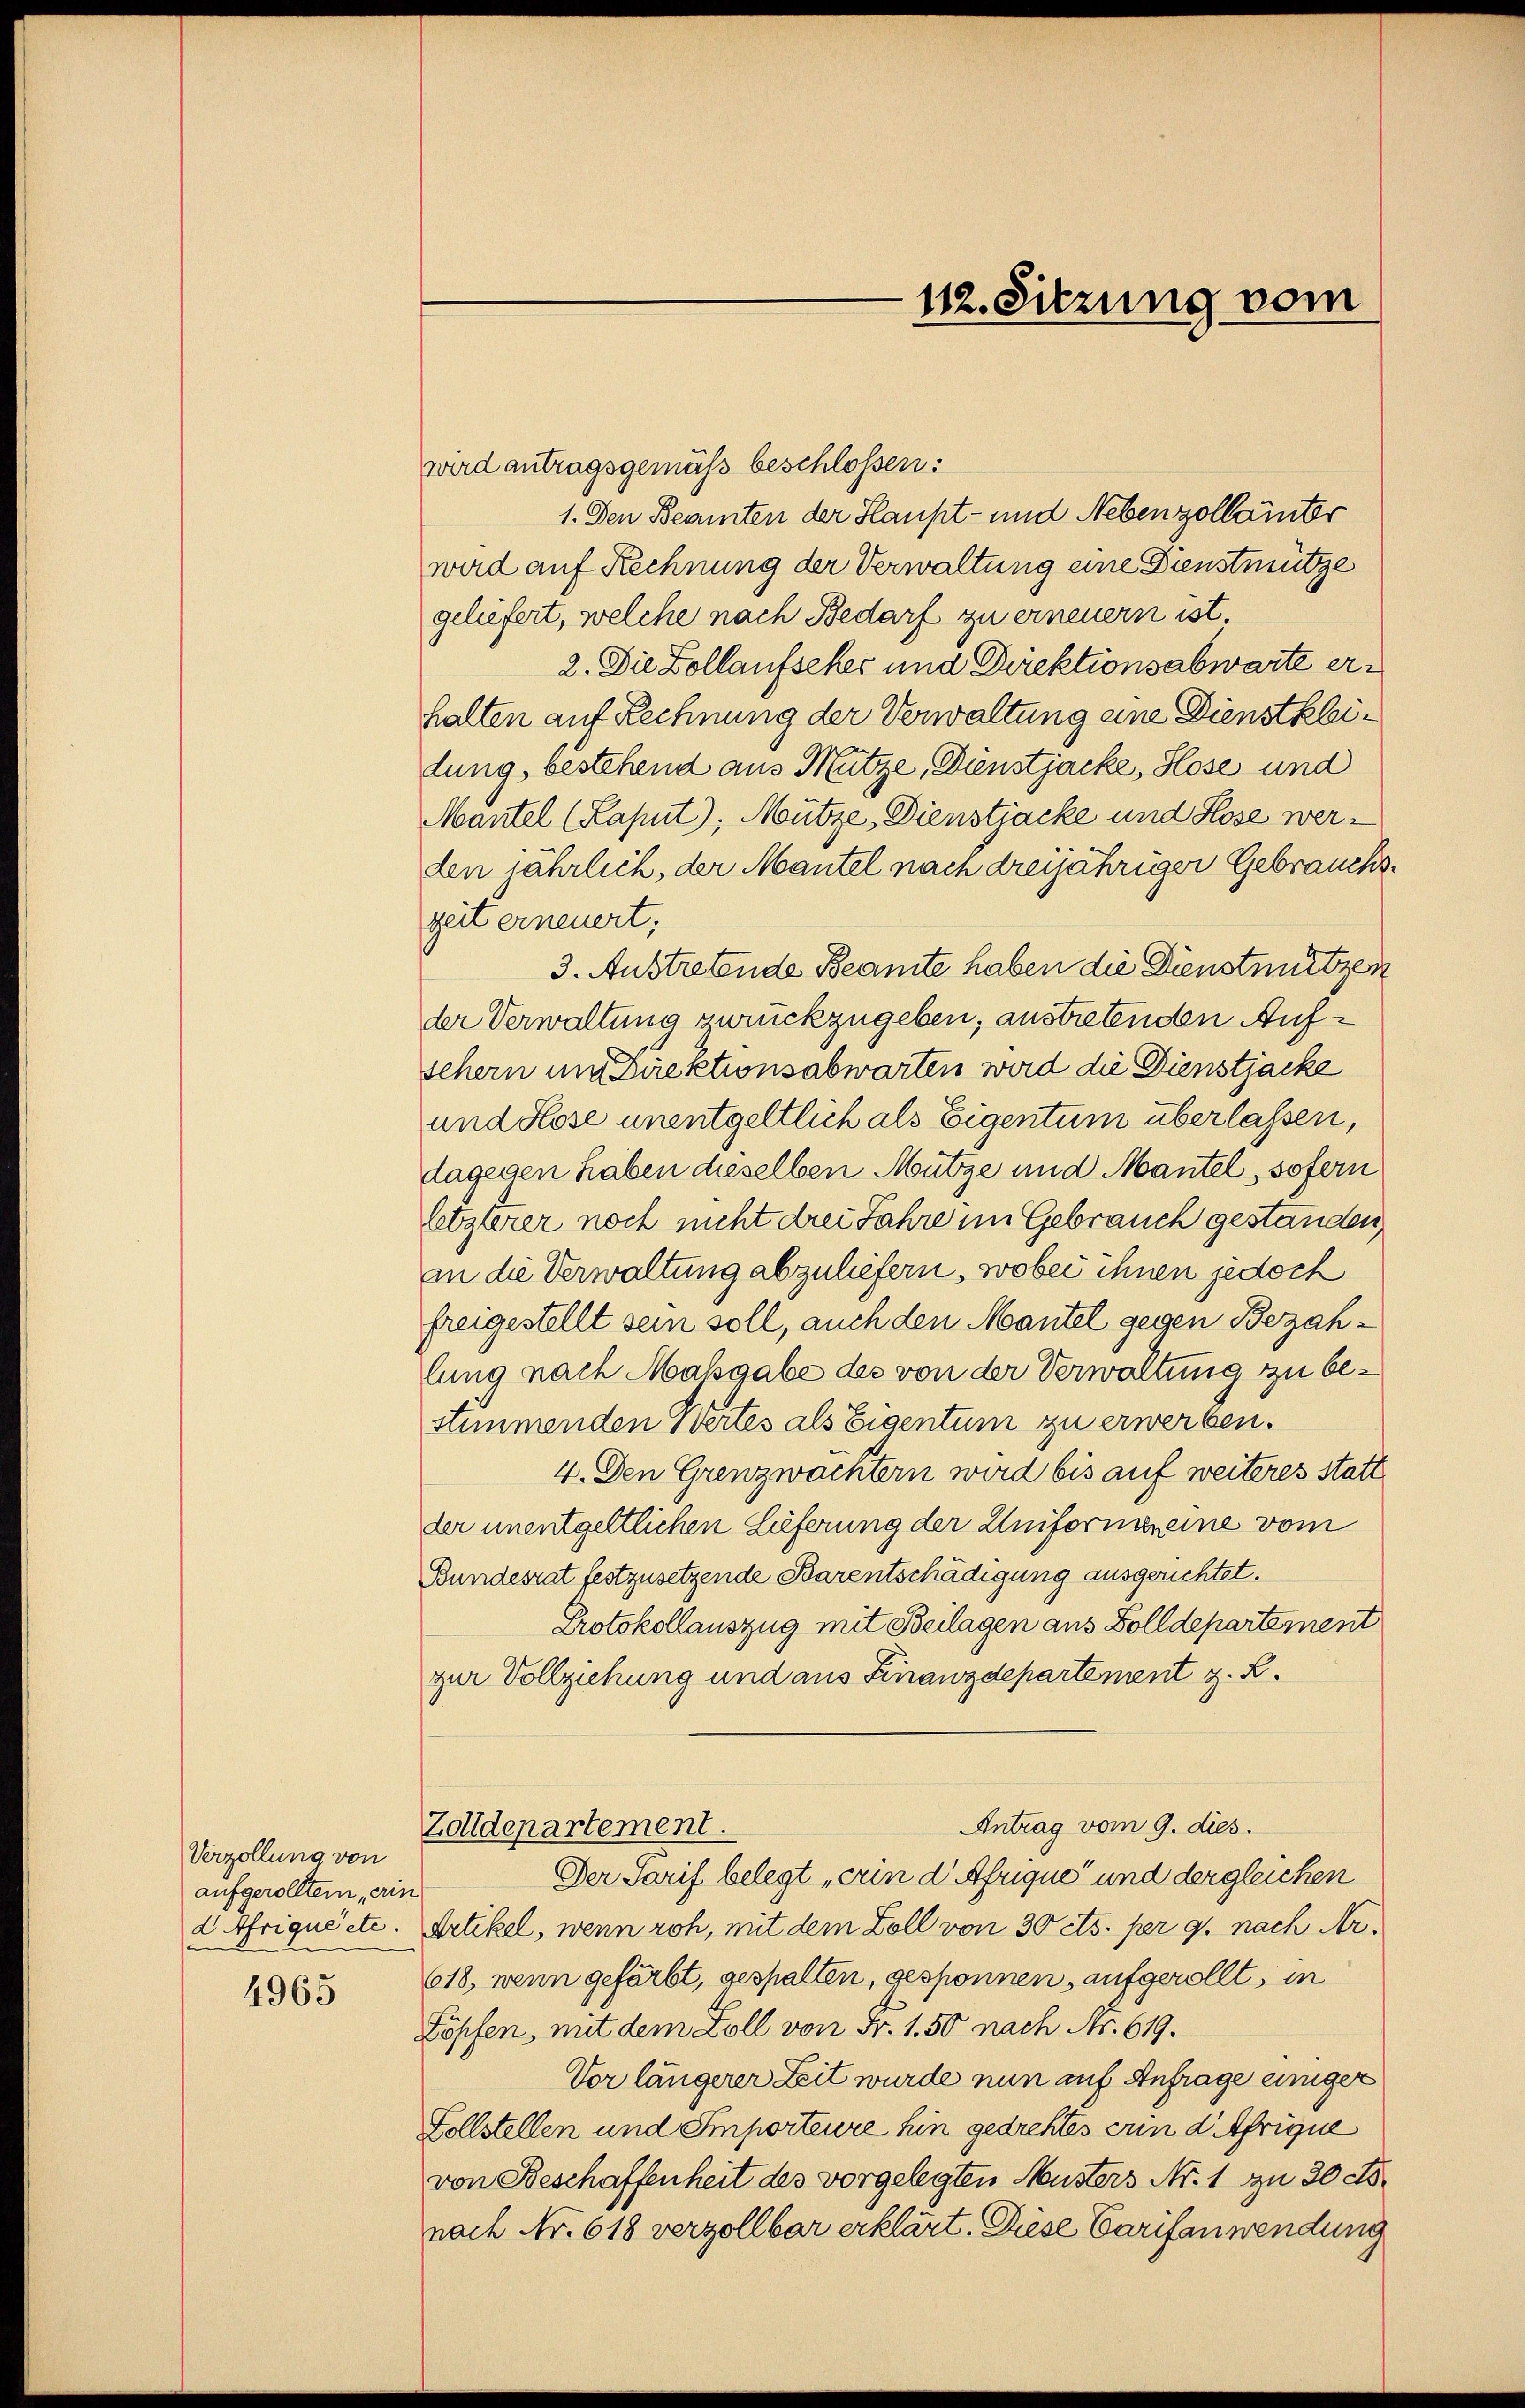
Vorzollung von
aufgerolltem ein
d Afriquéete.

4965

wird antragsgemäß beschlossen:
1. Den Beamten der Haupt- und Nebenzollainter
wird auf Rechnung der Verwaltung eine Dienstmütze
geliefert, welche nach Bedarf zu erneuern ist.
2. Die Zollaufseher und Direktionsabwarte erhalten auf Rechnung der Verwaltung eine Dienstkleidung, bestehend aus Mütze, Dienstjacke, Hose und
Mantel (Kaput); Mütze, Dienstjacke und Klose werden jährlich, der Mantel nach dreijähriger Gebrauchszeit erneuert,
3. Austretende Beamte haben die Dienstmützen
der Verwaltung zurückzugeben, austretenden Aufschern und Direktionsabwarten wird die Dienstjacke
und Hose unentgeltlich als Eigentum überlassen,
dagegen haben dieselben Mütze und Mantel, sofern
letzterer noch nicht drei Jahre im Gebrauch gestanden,
in die Verwaltung abzuliefern, wobei ihnen jedoch
freigestellt sein soll, auch den Mantel gegen Bezahlung nach Maßgabe des von der Verwaltung zu bestimmenden Wertes als Eigentum zu erwerben.
4. Den Grenzwachtern wird bis auf weiteres statt
der unentgeltlichen Lieferung der Uniformereine vom
Bundesrat festzusetzende Barentschädigung ausgerichtet.
Protokollauszug mit Beilagen aus Zolldepartement
zur Vollziehung und aus Finanzdepartement z. B.
Antrag vom 9. dies.
Zolldepartement.
Der Tarif belegt „ein d Afrique“ und dergleichen
Artikel, wenn roh, mit dem Zoll von 30 cts. per g. nach Ar¬
618, wenn gefärbt, gespalten, gesponnen, aufgerollt, in
Löpfen, mit dem Zoll von Fr. 1.50 nach No. 619.
Vor längerer Zeit wurde nun auf Anfrage einiger
Zollstellen und Emporteure hin gedrehtes und Afrique
von Beschaffenheit des vorgelegten Musters Nr. 1 zu 30 do.
nach Nr. 618 verzollbar erklärt. Diese Carifanwendung

112. Sitzung vom